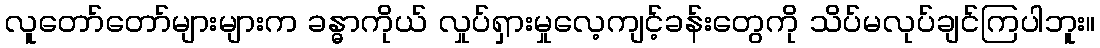
လူတော်တော်များများက ခန္ဓာကိုယ် လှုပ်ရှားမှုလေ့ကျင့်ခန်းတွေကို သိပ်မလုပ်ချင်ကြပါဘူး။